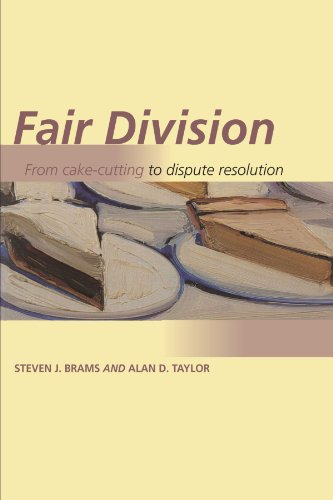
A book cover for Fair Division: From Cake-Cutting to Dispute Resolution; Steven J. Brams; Law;